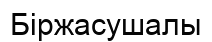
Біржасушалы